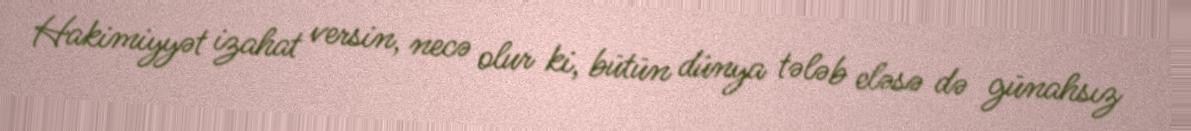
Hakimiyyət izahat versin, necə olur ki, bütün dünya tələb eləsə də günahsız